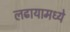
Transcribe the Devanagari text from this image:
लढायामध्ये